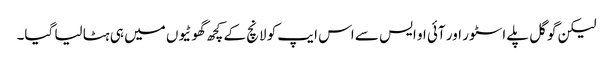
لیکن گوگل پلے اسٹور اور آئی او ایس سے اس ایپ کو لانچ کے کچھ گھوٹیوں میں ہی ہٹا لیا گیا۔